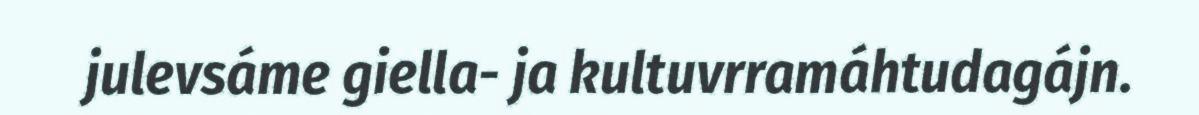
julevsáme giella- ja kultuvrramáhtudagájn.